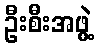
ဦးစီးအဖွဲ့